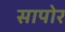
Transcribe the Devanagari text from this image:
सापोर